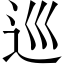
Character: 巡